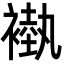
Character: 褹